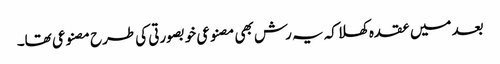
بعد میں عقدہ کھلا کہ یہ رش بھی مصنوعی خوبصورتی کی طرح مصنوعی تھا۔